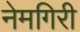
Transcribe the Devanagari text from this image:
नेमगिरी